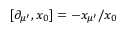
[ \partial _ { \mu ^ { \prime } } , x _ { 0 } ] = - x _ { \mu ^ { \prime } } / x _ { 0 }